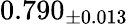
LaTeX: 0.790_{\pm 0.013}